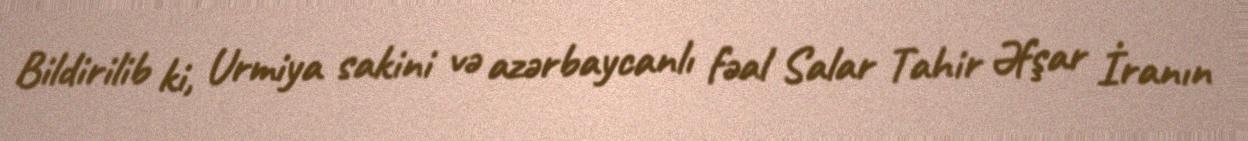
Bildirilib ki, Urmiya sakini və azərbaycanlı fəal Salar Tahir Əfşar İranın